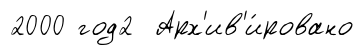
2000 год2 Арх'ив'и́ровано